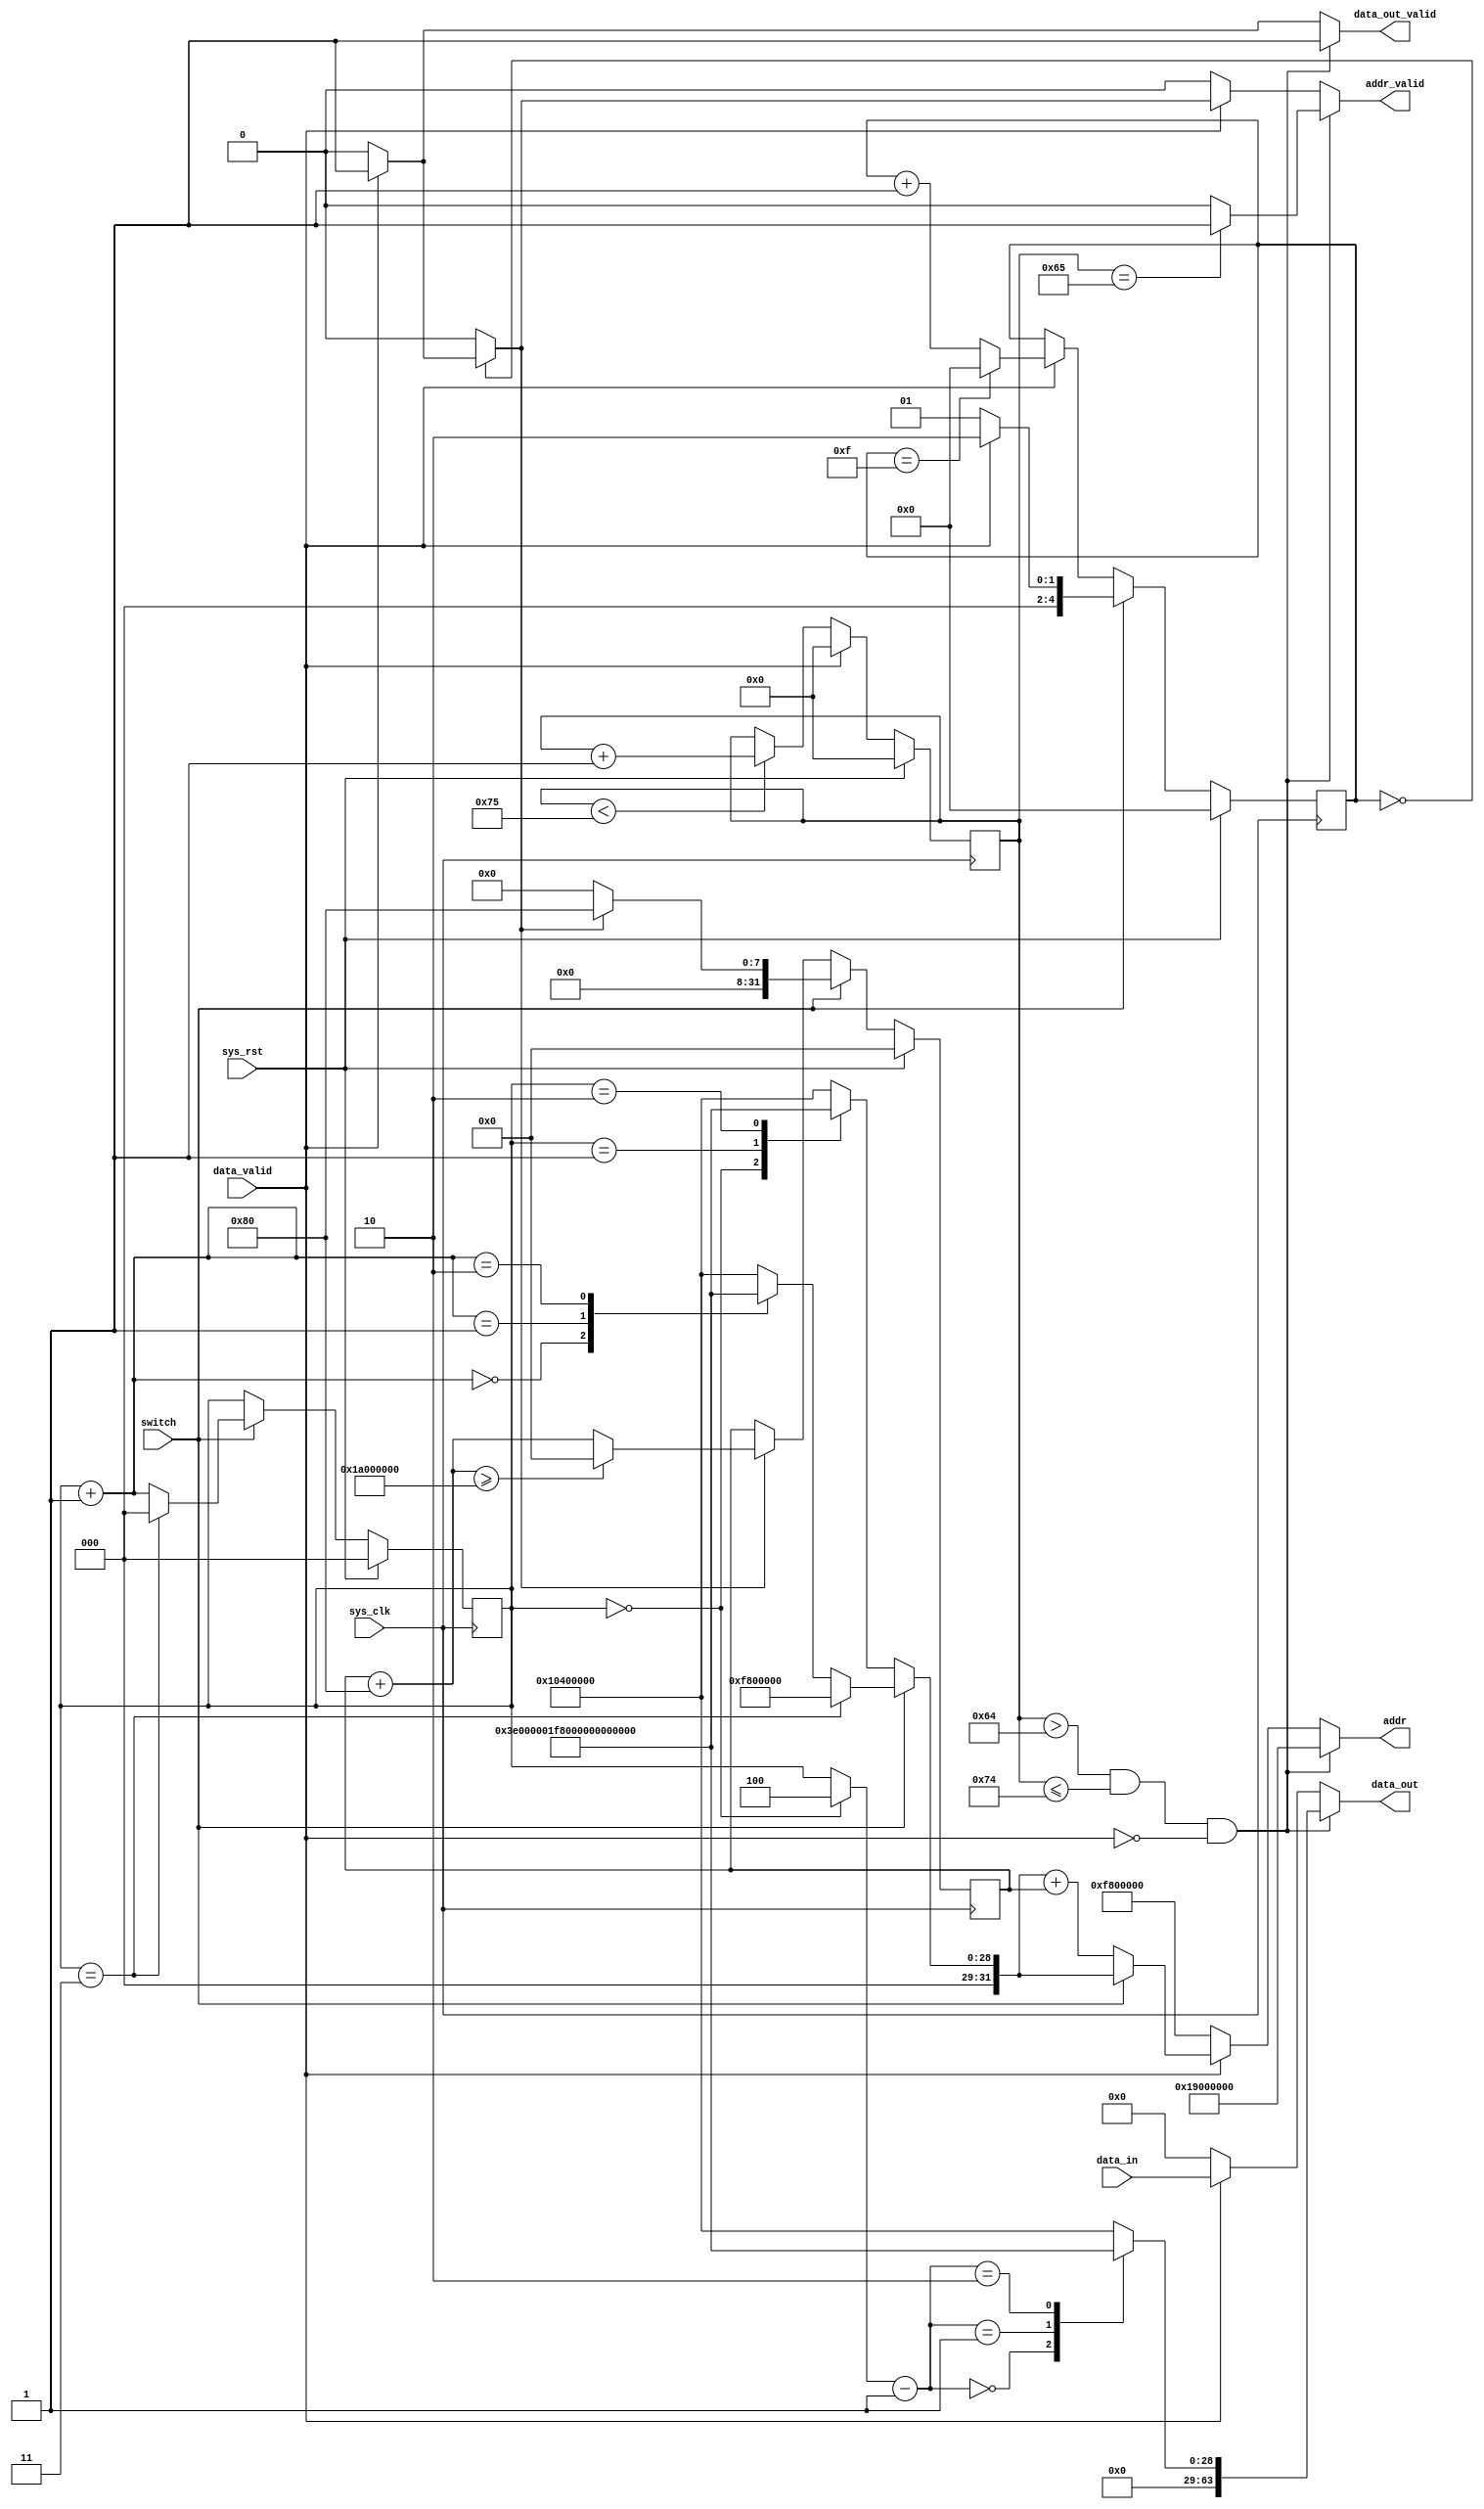
module addr_gen(
	output reg [31:0] addr,
	input switch,
	input data_valid,
	output reg addr_valid,
	input [63:0] data_in,
	output reg [63:0] data_out,
	output reg data_out_valid,
	input sys_clk,
	input sys_rst
);

reg [31:0] addr_1;
reg addr_valid_1;
reg [31:0] base_addrs_array0 = 32'd260046848;
reg [31:0] base_addrs_array1 = 32'd264241152;
reg [31:0] base_addrs_array2 = 32'd268435456;
reg [31:0] base_addrs_array3 = 32'd272629760;
reg [31:0] base_addr;
reg [31:0] offset = 32'd0;
reg [2:0] selection = 3'd0;
reg [6:0] addr_write_counter = 7'd0;
reg increment;
reg [4:0] counter = 5'd0;
reg [31:0] array_muxed0;
reg [31:0] array_muxed1;
reg [31:0] array_muxed2;


// Adding a dummy event (using a dummy signal 'dummy_s') to get the simulator
// to run the combinatorial process once at the beginning.
// synthesis translate_off
reg dummy_s;
initial dummy_s <= 1'd0;
// synthesis translate_on


// synthesis translate_off
reg dummy_d;
// synthesis translate_on
always @(*) begin
	increment <= 1'd0;
	if ((counter == 1'd0)) begin
		if (data_valid) begin
			increment <= 1'd1;
		end else begin
			increment <= 1'd0;
		end
	end else begin
		increment <= 1'd0;
	end
// synthesis translate_off
	dummy_d <= dummy_s;
// synthesis translate_on
end

// synthesis translate_off
reg dummy_d_1;
// synthesis translate_on
always @(*) begin
	addr <= 32'd260046848;
	addr_valid_1 <= 1'd0;
	addr_valid <= 1'd0;
	data_out <= 64'd0;
	data_out_valid <= 1'd0;
	if ((((addr_write_counter > 7'd100) & (addr_write_counter <= 7'd116)) & (~data_valid))) begin
		data_out <= array_muxed0;
		addr <= 29'd419430400;
		data_out_valid <= 1'd1;
		if ((addr_write_counter == 7'd101)) begin
			addr_valid <= 1'd1;
		end else begin
			addr_valid <= 1'd0;
		end
	end else begin
		if (data_valid) begin
			addr <= addr_1;
			data_out <= data_in;
			data_out_valid <= 1'd1;
			addr_valid <= addr_valid_1;
		end else begin
			data_out_valid <= 1'd0;
			addr_valid_1 <= 1'd0;
		end
	end
	addr_valid_1 <= increment;
// synthesis translate_off
	dummy_d_1 <= dummy_s;
// synthesis translate_on
end

// synthesis translate_off
reg dummy_d_2;
// synthesis translate_on
always @(*) begin
	base_addr <= 32'd260046848;
	if (switch) begin
		if ((selection == 2'd3)) begin
			base_addr <= 28'd260046848;
		end else begin
			base_addr <= array_muxed1;
		end
	end else begin
		base_addr <= array_muxed2;
	end
// synthesis translate_off
	dummy_d_2 <= dummy_s;
// synthesis translate_on
end

// synthesis translate_off
reg dummy_d_3;
// synthesis translate_on
always @(*) begin
	addr_1 <= 32'd260046848;
	if (switch) begin
		addr_1 <= base_addr;
	end else begin
		addr_1 <= (base_addr + offset);
	end
// synthesis translate_off
	dummy_d_3 <= dummy_s;
// synthesis translate_on
end

// synthesis translate_off
reg dummy_d_4;
// synthesis translate_on
always @(*) begin
	array_muxed0 <= 32'd0;
	case ((((selection == 1'd0) ? 3'd4 : selection) - 1'd1))
		1'd0: begin
			array_muxed0 <= base_addrs_array0;
		end
		1'd1: begin
			array_muxed0 <= base_addrs_array1;
		end
		2'd2: begin
			array_muxed0 <= base_addrs_array2;
		end
		default: begin
			array_muxed0 <= base_addrs_array3;
		end
	endcase
// synthesis translate_off
	dummy_d_4 <= dummy_s;
// synthesis translate_on
end

// synthesis translate_off
reg dummy_d_5;
// synthesis translate_on
always @(*) begin
	array_muxed1 <= 32'd0;
	case ((selection + 1'd1))
		1'd0: begin
			array_muxed1 <= base_addrs_array0;
		end
		1'd1: begin
			array_muxed1 <= base_addrs_array1;
		end
		2'd2: begin
			array_muxed1 <= base_addrs_array2;
		end
		default: begin
			array_muxed1 <= base_addrs_array3;
		end
	endcase
// synthesis translate_off
	dummy_d_5 <= dummy_s;
// synthesis translate_on
end

// synthesis translate_off
reg dummy_d_6;
// synthesis translate_on
always @(*) begin
	array_muxed2 <= 32'd0;
	case (selection)
		1'd0: begin
			array_muxed2 <= base_addrs_array0;
		end
		1'd1: begin
			array_muxed2 <= base_addrs_array1;
		end
		2'd2: begin
			array_muxed2 <= base_addrs_array2;
		end
		default: begin
			array_muxed2 <= base_addrs_array3;
		end
	endcase
// synthesis translate_off
	dummy_d_6 <= dummy_s;
// synthesis translate_on
end

always @(posedge sys_clk) begin
	if ((~data_valid)) begin
		if ((addr_write_counter < 7'd117)) begin
			addr_write_counter <= (addr_write_counter + 1'd1);
		end
	end else begin
		addr_write_counter <= 1'd0;
	end
	if (switch) begin
		if (data_valid) begin
			counter <= 2'd2;
		end else begin
			counter <= 1'd1;
		end
	end else begin
		if (data_valid) begin
			if ((counter == 4'd15)) begin
				counter <= 1'd0;
			end else begin
				counter <= (counter + 1'd1);
			end
		end
	end
	if (switch) begin
		if (increment) begin
			offset <= 8'd128;
		end else begin
			offset <= 1'd0;
		end
		if ((selection == 2'd3)) begin
			selection <= 1'd0;
		end else begin
			selection <= (selection + 1'd1);
		end
	end else begin
		if (increment) begin
			if (((offset + 8'd128) >= 29'd436207616)) begin
				offset <= 1'd0;
			end else begin
				offset <= (offset + 8'd128);
			end
		end
	end
	if (sys_rst) begin
		offset <= 32'd0;
		selection <= 3'd0;
		addr_write_counter <= 7'd0;
		counter <= 5'd0;
	end
end

endmodule